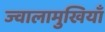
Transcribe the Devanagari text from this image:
ज्वालामुखियाँ